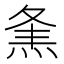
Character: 㶻